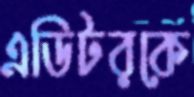
এডিটরকে